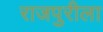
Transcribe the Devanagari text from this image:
राजपुरीला